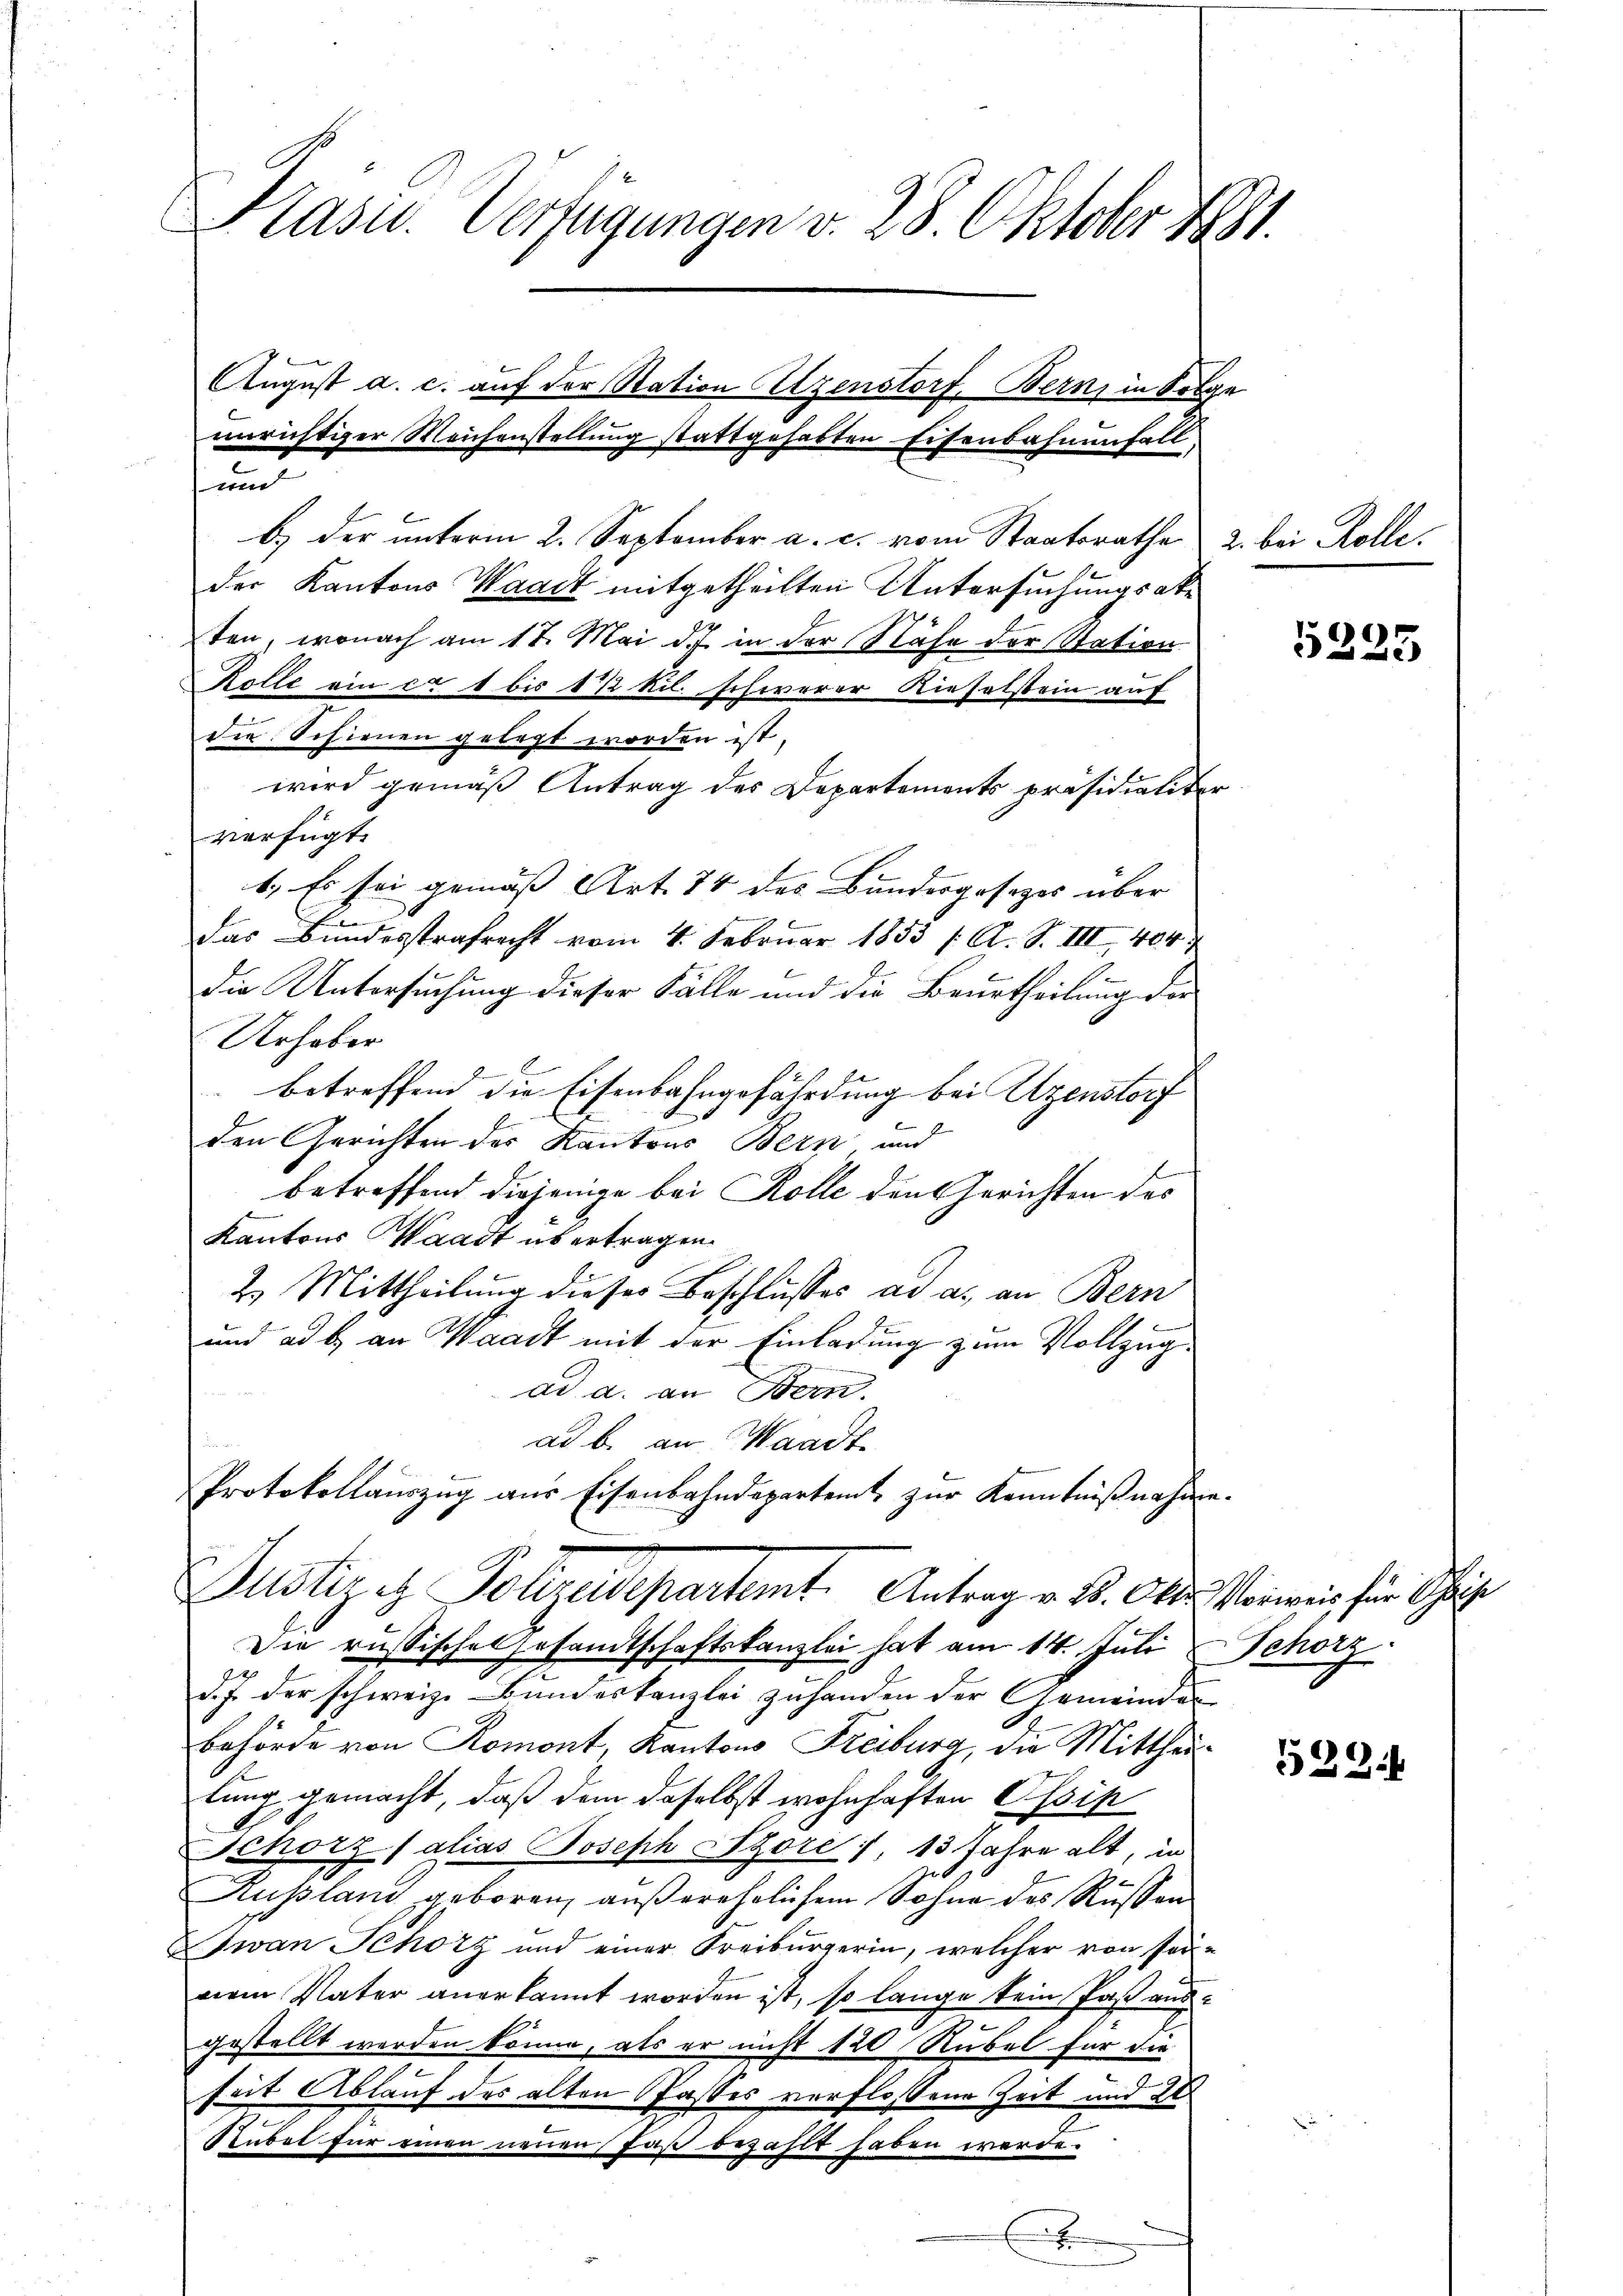
Präsid. Verfügungen v. 28. Oktober 1881.
August a. c. auf der Station Arzenstorf, Bern, in Folge
unrichtiger Weichenstellung stattgehabten Eisenbahnenfall
und

b.) der unterm 2. September a. c. vom Staatsrathe 2. bei Kolle.
der Kantons Waadt mitgetheilten Untersuchungs abe
ten, wonach am 17. Mai d. J. in der Nähe der Station
Rolle ein ca 1 bis 1 1/2 kil. schwerer Rieselstein auf
die Schienen gelegt worden ist.
wird gemäß Antrag des Departements präsidialiter
verfügt:
1.) Es sei gemäß Art. 74 des Bundergesezes über
.
das Bundesstrafrecht vom 4. Februar 1833 /: A. S. III 404. 7
Die Untersuchung dieser Fälle und die Beurtheilung der
Urhaber
betreffend die Eisenbahngefährdung bei Uzenstorf
den Gerichten des Kantons Bern und
betreffend diejenige bei Kolle den Gerichten des
Kantons Waadt übertragen.
2. Mittheilung dieses Beschlusses ad a. an Bern
und ad b. an Waadt mit der Einladung zum Vollzugad a. an Bern.
ad b. an Waadt
Protokollauszug aus Eisenbahndeparteit zur Kenntnißnahme.
Justiz et. Polizeidepartamt. Antrag v. B. Ober Vorweis für Schrie
Die russische Gesandtschaftskanzlei hat am 14. Juli & Schorz
d. J. der schweiz. Bundeskanzlei zuhanden der Gemeinder
behörde von Romont, Kantons Freiburg, die Mittheillung gemacht, daß dem daselbst wohnhaften Ossin
Schorz (alias Joseph Szore), 13 Jahre alt, in
e
e
Rußland geboren, außerehrlichem Sohne des Rassen
Iwan Schorz und einer Freiburgerin, welcher von sornem Vater anerkannt worden ist, so lange kein Paß aus
gestellt werden könne, als er nicht 120 Rubel für die
seit Ablauf des alten Jasses verflossene Zeit und 20
Raubet für einen neuen fast bezahlt haben werde.
x

5223

522